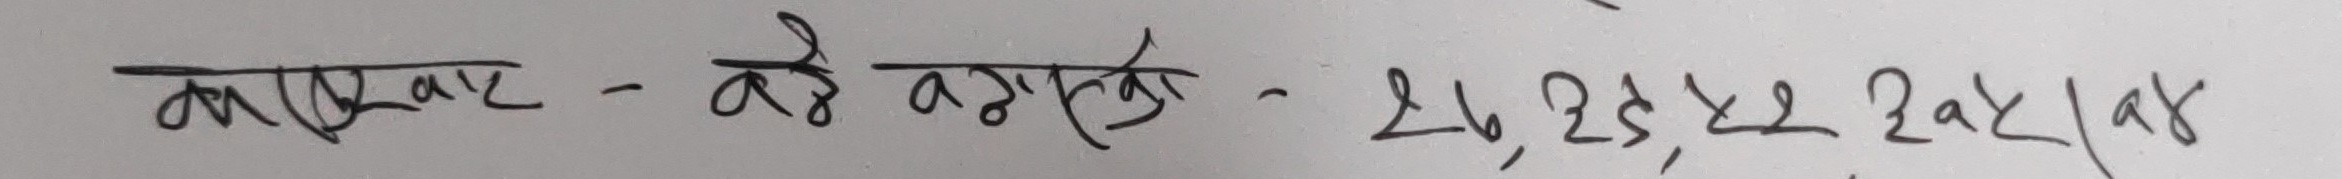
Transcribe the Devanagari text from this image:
कारपाट - बैङ्करको - 26,23,22 2a/a8